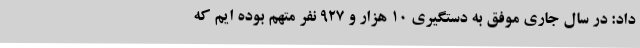
داد: در سال جاری موفق به دستگیری 10 هزار و 927 نفر متهم بوده ایم که